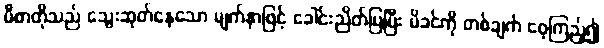
မီစာတိုသည် သွေးဆုတ်နေသော မျက်နှာဖြင့် ခေါင်းညိတ်ပြပြီး မိခင်ကို တစ်ချက် ဝေ့ကြည့်၍